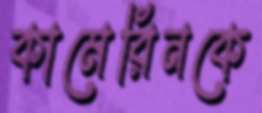
কামেরিনকে